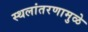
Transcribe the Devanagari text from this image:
स्थलांतरणामुळे